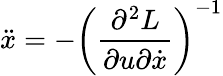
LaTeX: \ddot{x}=-\left(\frac{\partial^{2}L}{\partial u\partial\dot{x}}\right)^{-1}